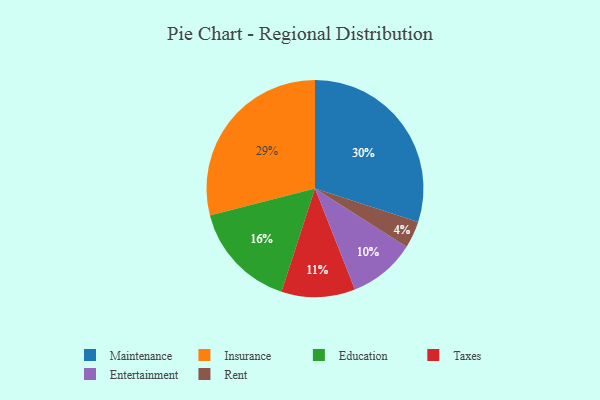
{"axis": {"x": "Category", "y": "Percentage"}, "legend": ["Education", "Entertainment", "Insurance", "Maintenance", "Rent", "Taxes"], "data": [{"x": "Taxes", "y": 11, "type": "Taxes"}, {"x": "Education", "y": 16, "type": "Education"}, {"x": "Maintenance", "y": 30, "type": "Maintenance"}, {"x": "Entertainment", "y": 10, "type": "Entertainment"}, {"x": "Rent", "y": 4, "type": "Rent"}, {"x": "Insurance", "y": 29, "type": "Insurance"}]}